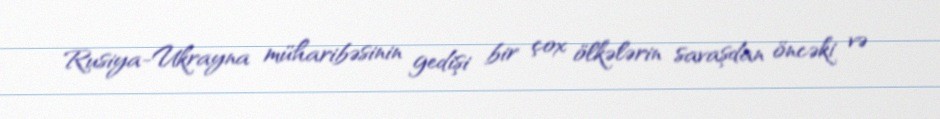
Rusiya-Ukrayna müharibəsinin gedişi bir çox ölkələrin savaşdan öncəki və